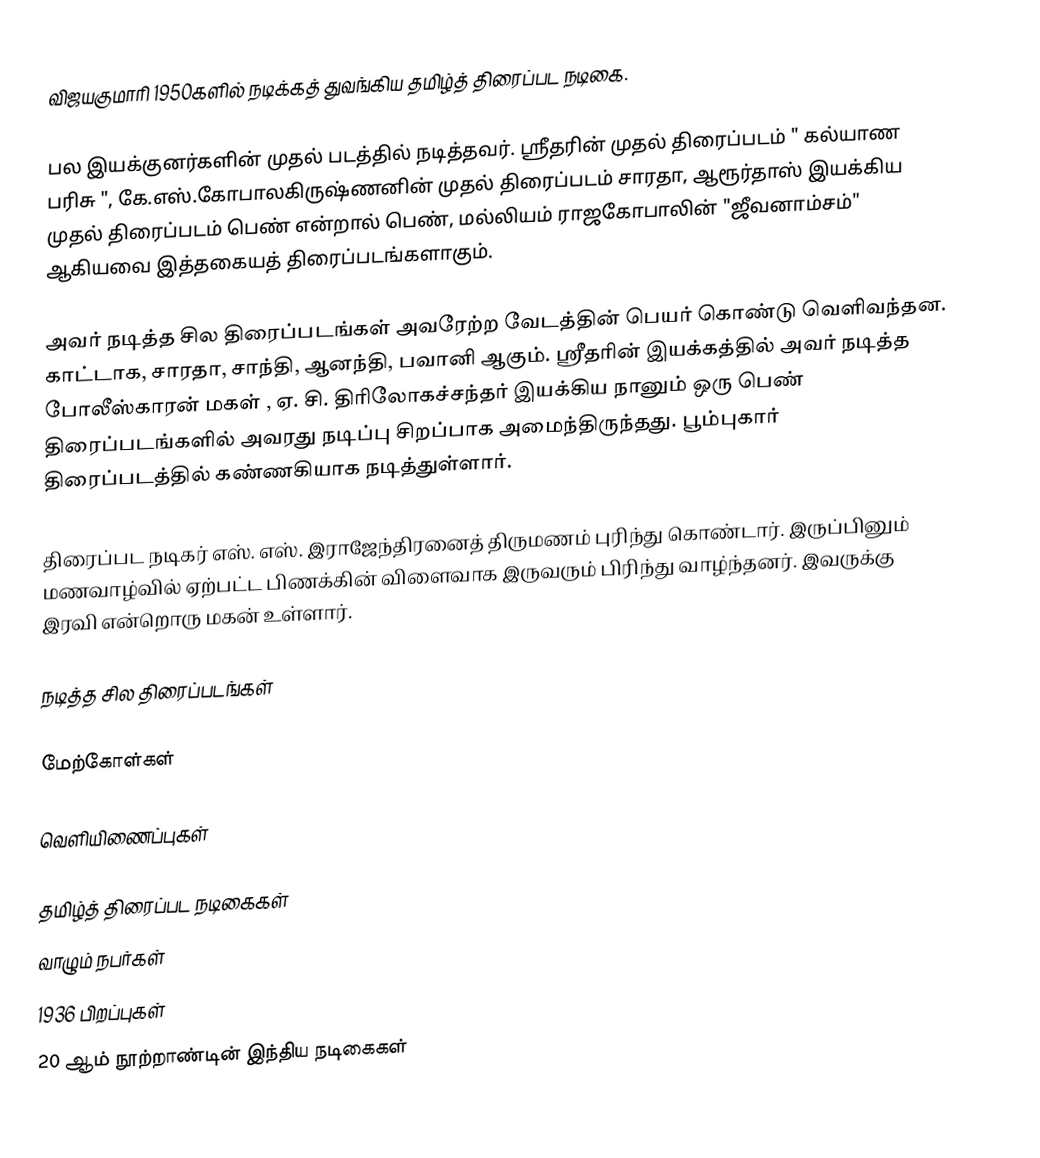
விஜயகுமாரி 1950களில் நடிக்கத் துவங்கிய தமிழ்த் திரைப்பட நடிகை.

பல இயக்குனர்களின் முதல் படத்தில் நடித்தவர். ஸ்ரீதரின் முதல் திரைப்படம் " கல்யாண பரிசு ", கே.எஸ்.கோபாலகிருஷ்ணனின் முதல் திரைப்படம் சாரதா, ஆரூர்தாஸ் இயக்கிய முதல் திரைப்படம் பெண் என்றால் பெண், மல்லியம் ராஜகோபாலின் "ஜீவனாம்சம்" ஆகியவை இத்தகையத் திரைப்படங்களாகும்.

அவர் நடித்த சில திரைப்படங்கள் அவரேற்ற வேடத்தின் பெயர் கொண்டு வெளிவந்தன. காட்டாக, சாரதா, சாந்தி, ஆனந்தி, பவானி ஆகும். ஸ்ரீதரின் இயக்கத்தில் அவர் நடித்த போலீஸ்காரன் மகள் , ஏ. சி. திரிலோகச்சந்தர் இயக்கிய நானும் ஒரு பெண் திரைப்படங்களில் அவரது நடிப்பு சிறப்பாக அமைந்திருந்தது. பூம்புகார் திரைப்படத்தில் கண்ணகியாக நடித்துள்ளார்.

திரைப்பட நடிகர் எஸ். எஸ். இராஜேந்திரனைத் திருமணம் புரிந்து கொண்டார். இருப்பினும் மணவாழ்வில் ஏற்பட்ட பிணக்கின் விளைவாக இருவரும் பிரிந்து வாழ்ந்தனர். இவருக்கு இரவி என்றொரு மகன் உள்ளார்.

நடித்த சில திரைப்படங்கள்

மேற்கோள்கள்

வெளியிணைப்புகள்

தமிழ்த் திரைப்பட நடிகைகள்
வாழும் நபர்கள்
1936 பிறப்புகள்
20 ஆம் நூற்றாண்டின் இந்திய நடிகைகள்